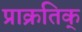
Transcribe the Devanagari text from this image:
प्राक्रतिक्